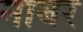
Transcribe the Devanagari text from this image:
नाबर